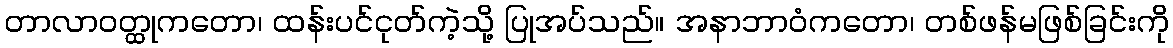
တာလာဝတ္ထုကတော၊ ထန်းပင်ငုတ်ကဲ့သို့ ပြုအပ်သည်။ အနာဘာဝံကတော၊ တစ်ဖန်မဖြစ်ခြင်းကို